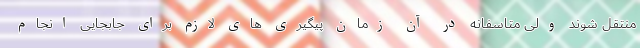
منتقل شوند ولی متاسفانه در آن زمان پیگیری های لازم برای جابجایی انجام